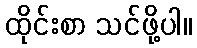
ထိုင်းစာ သင်ဖို့ပါ။